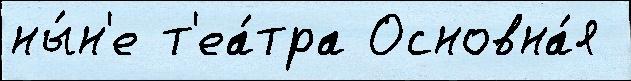
ны́н'е т'еа́тра Основна́я